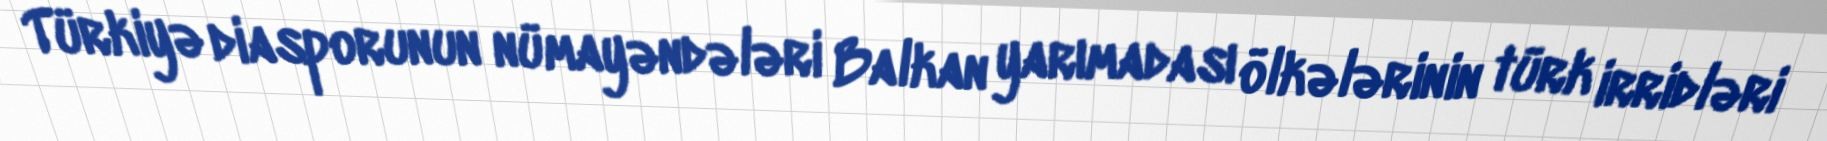
Türkiyə diasporunun nümayəndələri Balkan yarımadası ölkələrinin türk irridləri